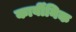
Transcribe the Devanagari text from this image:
कार्बीनिक